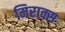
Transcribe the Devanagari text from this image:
मिराक्स